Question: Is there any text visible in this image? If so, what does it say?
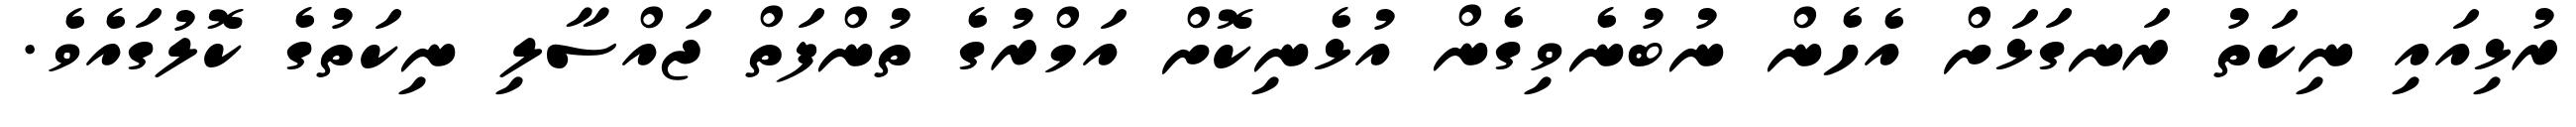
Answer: ރުޅިއައި ނިކަތު ރަނގަޅަށް އެހެން ނުބުނެވިގެން އުޅެނިކޮށް އަމްރުގެ ތުންފަތް ޖައްސާލި ނިކަތުގެ ކޮލުގައެވެ.